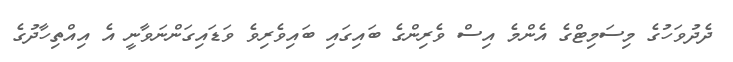
ދެދުވަހުގެ މިސަމިޓްގެ އެންމެ އިސް ވެރިންގެ ބައިގައި ބައިވެރިވެ ވަޑައިގަންނަވާނީ އެ އިއްތިހާދުގެ